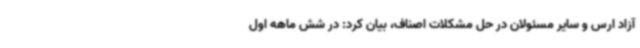
آزاد ارس و سایر مسئولان در حل مشکلات اصناف، بیان کرد: در شش ماهه اول